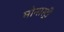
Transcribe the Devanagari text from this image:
मोनास्ट्री